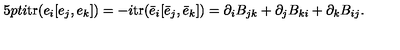
\hspace { 1 5 p t } i \mathrm { t r } ( e _ { i } [ e _ { j } , e _ { k } ] ) = - i \mathrm { t r } ( \bar { e } _ { i } [ \bar { e } _ { j } , \bar { e } _ { k } ] ) = \partial _ { i } B _ { j k } + \partial _ { j } B _ { k i } + \partial _ { k } B _ { i j } .